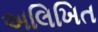
અલિખિત